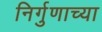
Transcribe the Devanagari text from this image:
निर्गुणाच्या